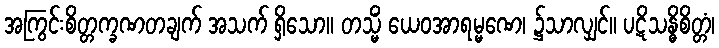
အကြွင်းစိတ္တက္ခဏတချက် အသက် ရှိသော။ တသ္မိံ ယေဝအာရမ္မဏေ၊ ၌သာလျှင်။ ပဋိသန္ဓိစိတ္တံ၊